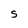
Character: S